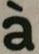
a